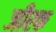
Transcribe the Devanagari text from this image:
जीरक